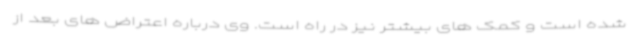
شده است و کمک های بیشتر نیز در راه است. وی درباره اعتراض های بعد از